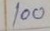
100